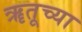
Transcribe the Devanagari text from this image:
ॠतूच्या